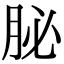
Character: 䏟